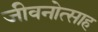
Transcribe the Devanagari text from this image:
जीवनोत्साह